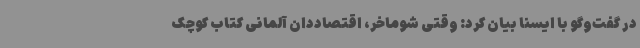
در گفت‌وگو با ایسنا بیان کرد: وقتی شوماخر، اقتصاددان آلمانی کتاب کوچک